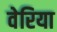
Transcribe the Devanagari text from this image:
वेरिया